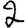
Digit: 2